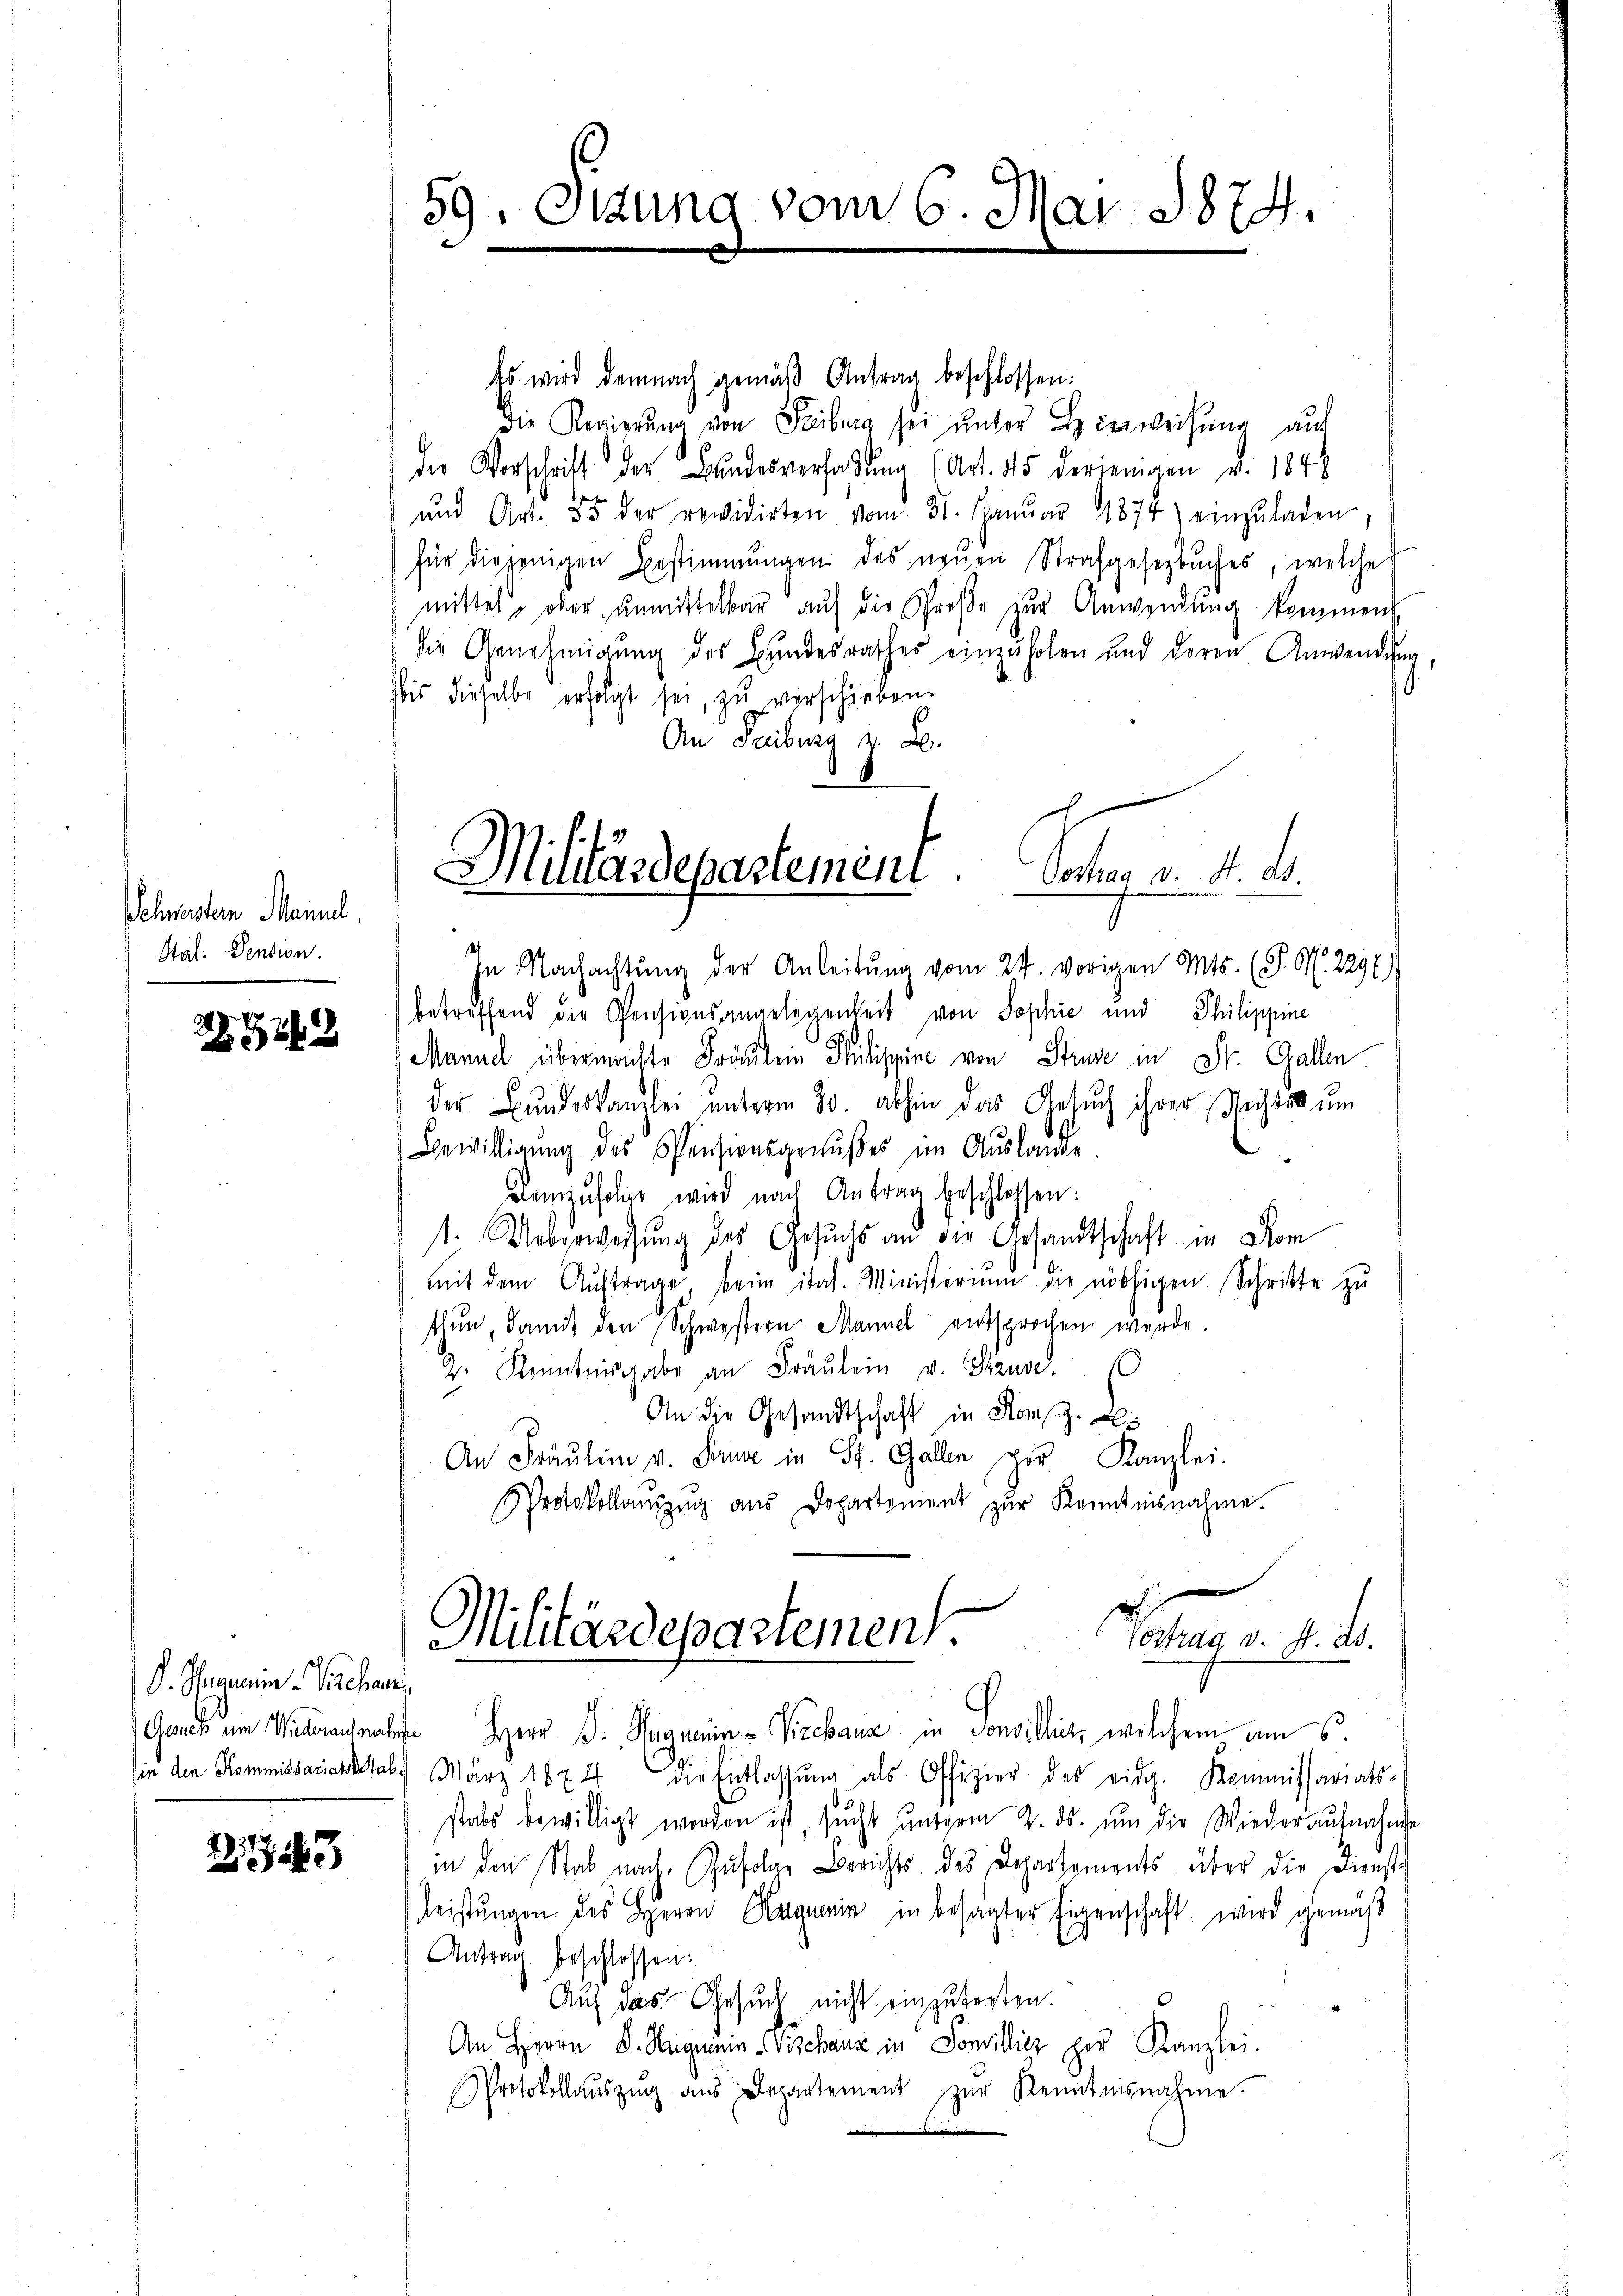
Schwestern Mannel,
Stat. Dension.

82

S. Thieraum Schan

23

59. Ottung vom 6. Mai 1874.

Es wird demnach gemäß Antrag beschlossen:
die Regierung von Freiburg sei unter Hinweisung auf
die Verschrift der Bundesverfaßung (Art. 45 derjenigen v. 1848
 und Art. 55 der revidirten vom 31. Janŭar 1874) einzŭladen.
für diejenigen Bestimmungen des neŭen Strafgesezbŭches, welche
mittel, oder ŭnmittelbar auf die Straβe zŭr Anwendung kommen
die Genehmigung des Bundesrathes einzuholen und deren Anwendung,
.
bis dieselbe erfolgt sei, zu verschieben.
An Freiburg z. B.
In Nachachtŭng der Anleitŭng vom 24. vorigen Mts. (T. S. 2292)
betreffend die Pensionsangelegenheit von Sophie und Philippine
Manne übermachte Fräulein Philippine von Struze in St. Gallen
der Bŭndeskanzlei unterm 30. abhin das Gesŭch ihrer Nichter um
Bewilligung des Pensionsgenußes im Auslande.
demzufolge wird nach Antrag beschlossen:
st. Ueberweisung des Gesuchs an die Gesandtschaft in Nom
mit dem Aŭftrage beim ital. Ministerium die nöthigen. Schritte zu
thun, damit den Schwestern Mannel entsprochen wurde.
2. Kenntnisgabe an Bräŭlein v. Stause.
An die Gesandtschaft in Rom.
An Fräulein v. Strude in St. Gallen per Kanzlei-
Protokollaŭszŭg aŭs Departement zŭr Kenntnisnahme.
d

Militärdepartement.
Vortrag d. d. d.
s

Militärdepartement.
Vortrag v. J. ds.

Gauch im Weisenates Herr Dr. Grauenin- Vrebanz in Sonvillicz, welchem am 6.
sie den Kommissariatskal) März 1874 die Entlassŭng als Offizier des eidg. Kommissariats-
stabs bewilligt worden ist, sŭcht ŭnterm 2. ds. ŭm die Wiederaŭfnahme
in den Stab nach Zufolge Berichts des Departements über die Dienst
leistungen des Herrn Raguenin in besagter Eigenschaft wird gemäß
Antrag beschlossen:
Auf das Gesuch nicht einzubesten.
An Herrn D. Regierin Pischanz in Sonillicz zur Kanzlei-
Protokollaŭszŭg aŭs Departement zŭr Kenntnisnahme.